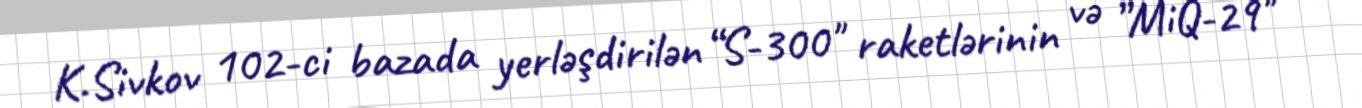
K.Sivkov 102-ci bazada yerləşdirilən “S-300" raketlərinin və ”MiQ-29"